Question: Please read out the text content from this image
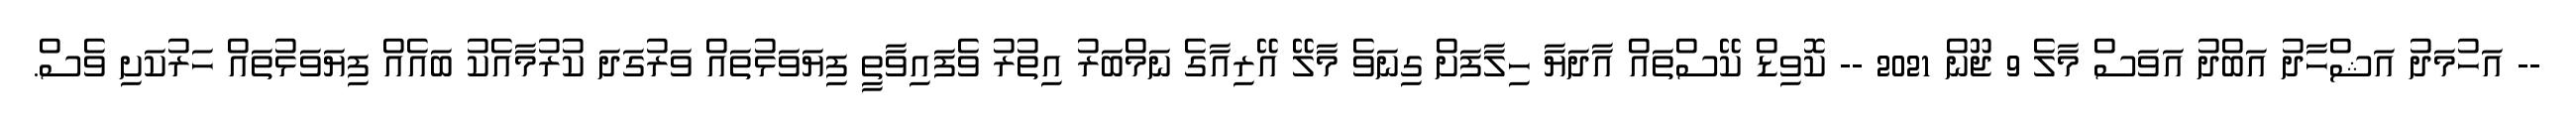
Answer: -- އަހުމަދު އަޝްހާދު އަބްދު އަވަސް މާލެ 9 ޖޫން 2021 -- ކޮވިޑް ކޭސްތައް އާދަޔާ ހިލާފަށް ގިނަވެ މާލޭ އޭރިއާގެ ނަމްބަރު އިތުރު ވެފައިވާތީ ފިޔަވަޅުތައް ވަރުގަދަ ކުރުމާއެކު ބައެއް ފިޔަވަޅުތައް ހަރުކަށި ވެސް.